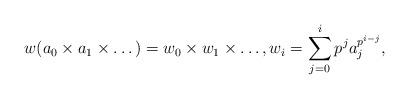
LaTeX: \begin{align*}w(a_0 \times a_1 \times \dots ) = w_0 \times w_1 \times \dots,w_i = \sum_{j=0}^i p^ja_j^{p^{i-j}},\end{align*}